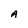
Character: A